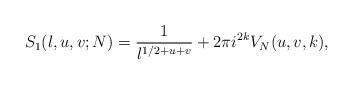
LaTeX: \begin{align*} S_1(l,u,v;N)=\frac{1}{l^{1/2+u+v}}+2\pi i^{2k}V_N(u,v,k),\end{align*}